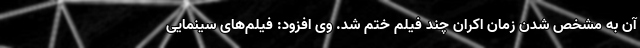
آن به مشخص شدن زمان اکران چند فیلم ختم شد. وی افزود: فیلم‌های سینمایی